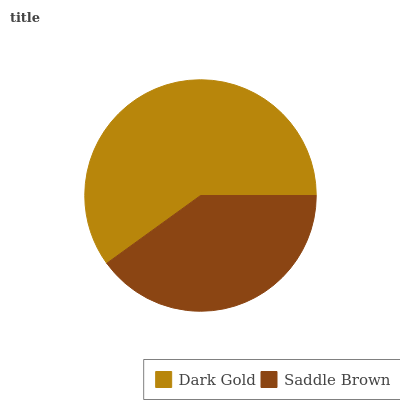
| Dark Gold | Saddle Brown |
 | --- | --- |
 | 59.9% | 40.1% |